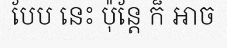
បែប នេះ ប៉ុន្តែ ក៏ អាច